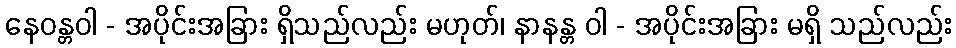
နေဝန္တဝါ - အပိုင်းအခြား ရှိသည်လည်း မဟုတ်၊ နာနန္တ ဝါ - အပိုင်းအခြား မရှိ သည်လည်း